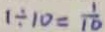
1 \div 1 0 = \frac { 1 } { 1 0 }